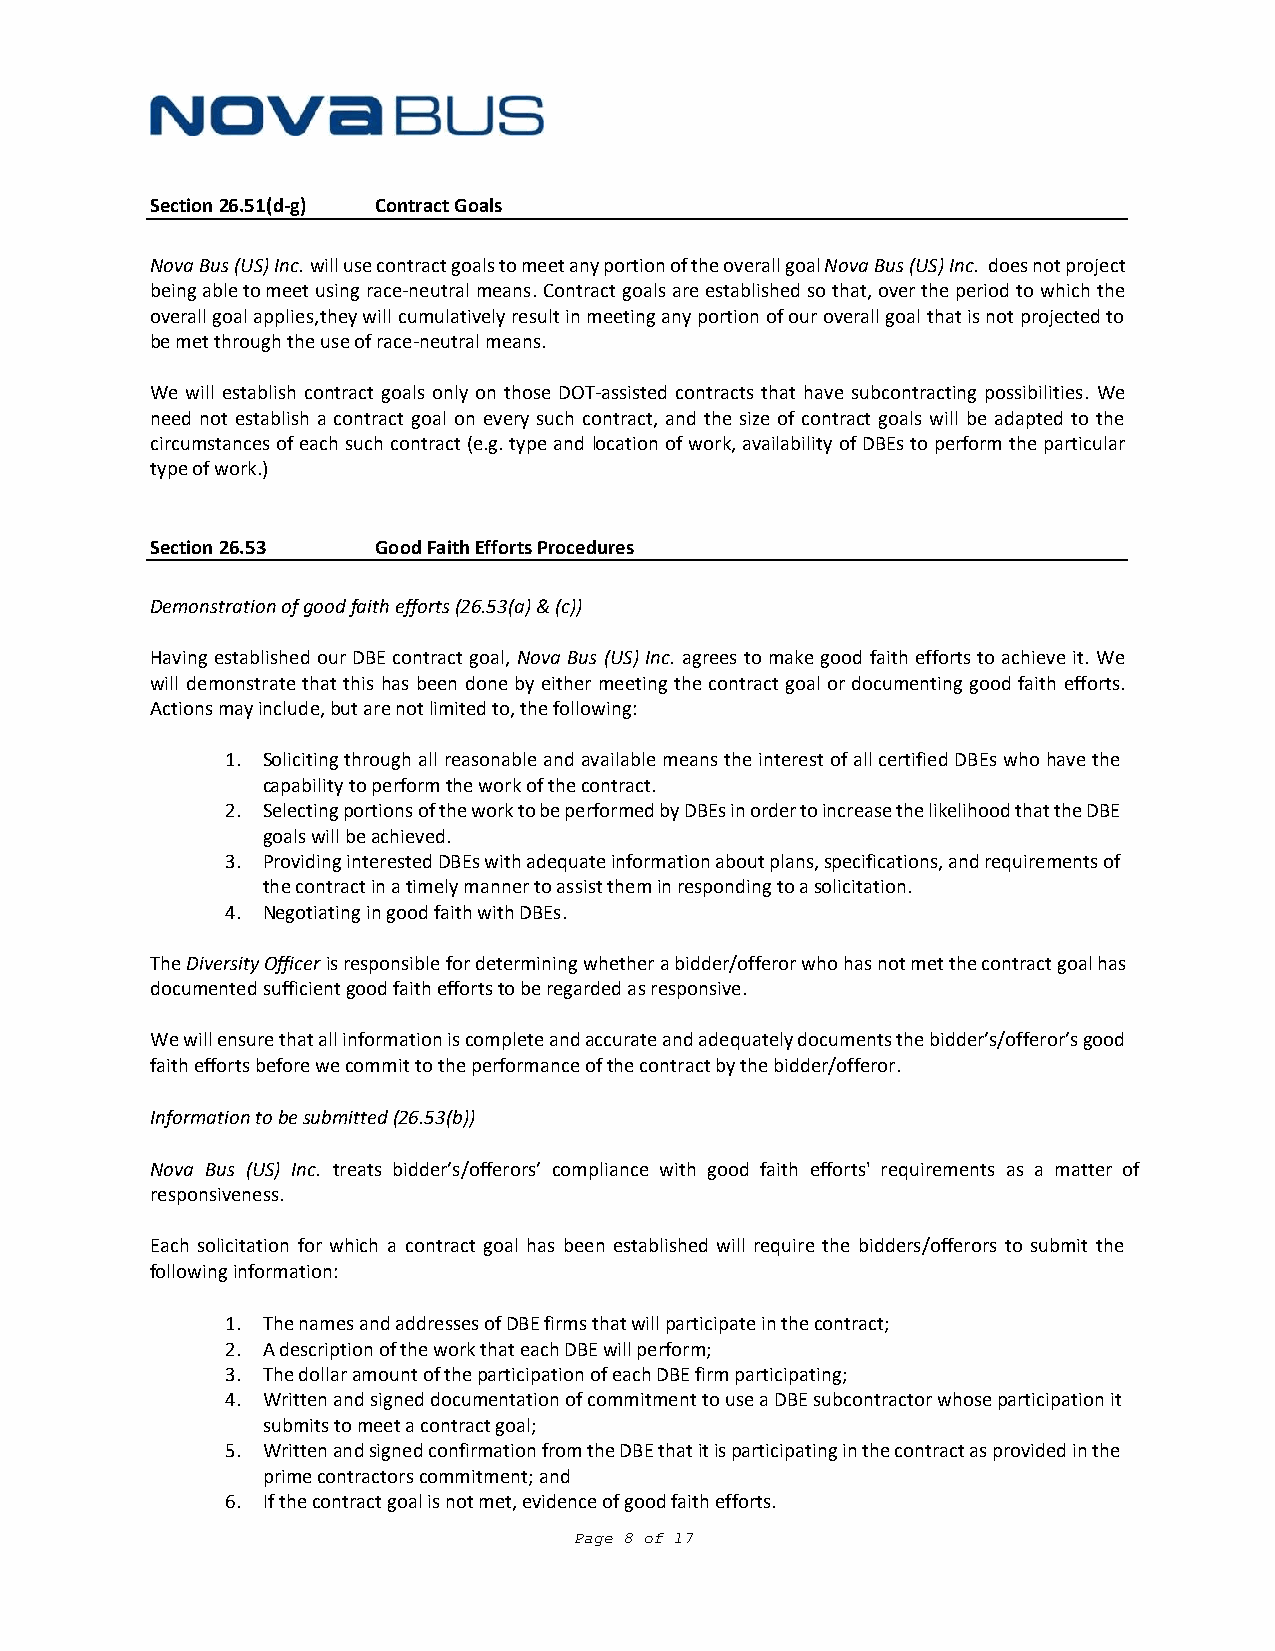
Section 26.51(d‐g) Contract Goals
 Nova Bus (US) Inc. will use contract goals to meet any portion of the overall goal Nova Bus (US) Inc. does not project
 being able to meet using race‐neutral means. Contract goals are established so that, over the period to which the
 overall goal applies, they will cumulatively result in meeting any portion of our overall goal that is not projected to
 be met through the use of race‐neutral means.
 We will establish contract goals only on those DOT‐assisted contracts that have subcontracting possibilities. We
 need not establish a contract goal on every such contract, and the size of contract goals will be adapted to the
 circumstances of each such contract (e.g. type and location of work, availability of DBEs to perform the particular
 type of work.)
 Section 26.53  Good Faith Efforts Procedures
 Demonstration of good faith efforts (26.53(a) & (c))
 Having established our DBE contract goal, Nova Bus (US) Inc. agrees to make good faith efforts to achieve it. We
 will demonstrate that this has been done by either meeting the contract goal or documenting good faith efforts.
 Actions may include, but are not limited to, the following:
 1. Soliciting through all reasonable and available means the interest of all certified DBEs who have the
 capability to perform the work of the contract.
 2. Selecting portions of the work to be performed by DBEs in order to increase the likelihood that the DBE
 goals will be achieved.
 3. Providing interested DBEs with adequate information about plans, specifications, and requirements of
 the contract in a timely manner to assist them in responding to a solicitation.
 4. Negotiating in good faith with DBEs.
 The Diversity Officer is responsible for determining whether a bidder/offeror who has not met the contract goal has
 documented sufficient good faith efforts to be regarded as responsive.
 We will ensure that all information is complete and accurate and adequately documents the bidder’s/offeror’s good
 faith efforts before we commit to the performance of the contract by the bidder/offeror.
 Information to be submitted (26.53(b))
 Nova Bus (US) Inc. treats bidder’s/offerors’ compliance with good faith efforts' requirements as a matter of
 responsiveness.
 Each solicitation for which a contract goal has been established will require the bidders/offerors to submit the
 following information:
 1. The names and addresses of DBE firms that will participate in the contract;
 2. A description of the work that each DBE will perform;
 3. The dollar amount of the participation of each DBE firm participating;
 4. Written and signed documentation of commitment to use a DBE subcontractor whose participation it
 submits to meet a contract goal;
 5. Written and signed confirmation from the DBE that it is participating in the contract as provided in the
 prime contractors commitment; and
 6. If the contract goal is not met, evidence of good faith efforts.
 Page 8 of 17